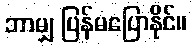
ဘာမျှ ပြန်မပြောနိုင်။